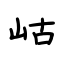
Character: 岵